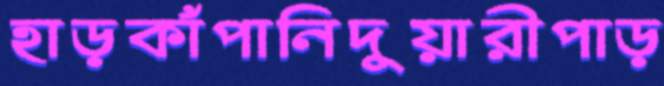
হাড়কাঁপানিদুয়ারীপাড়